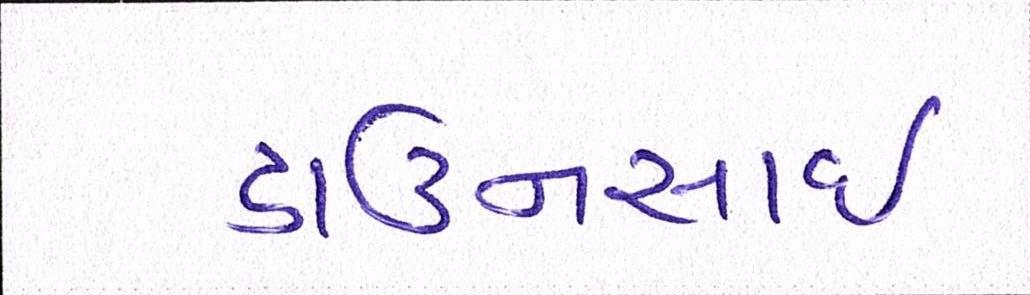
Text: ડાઉનસાઇ